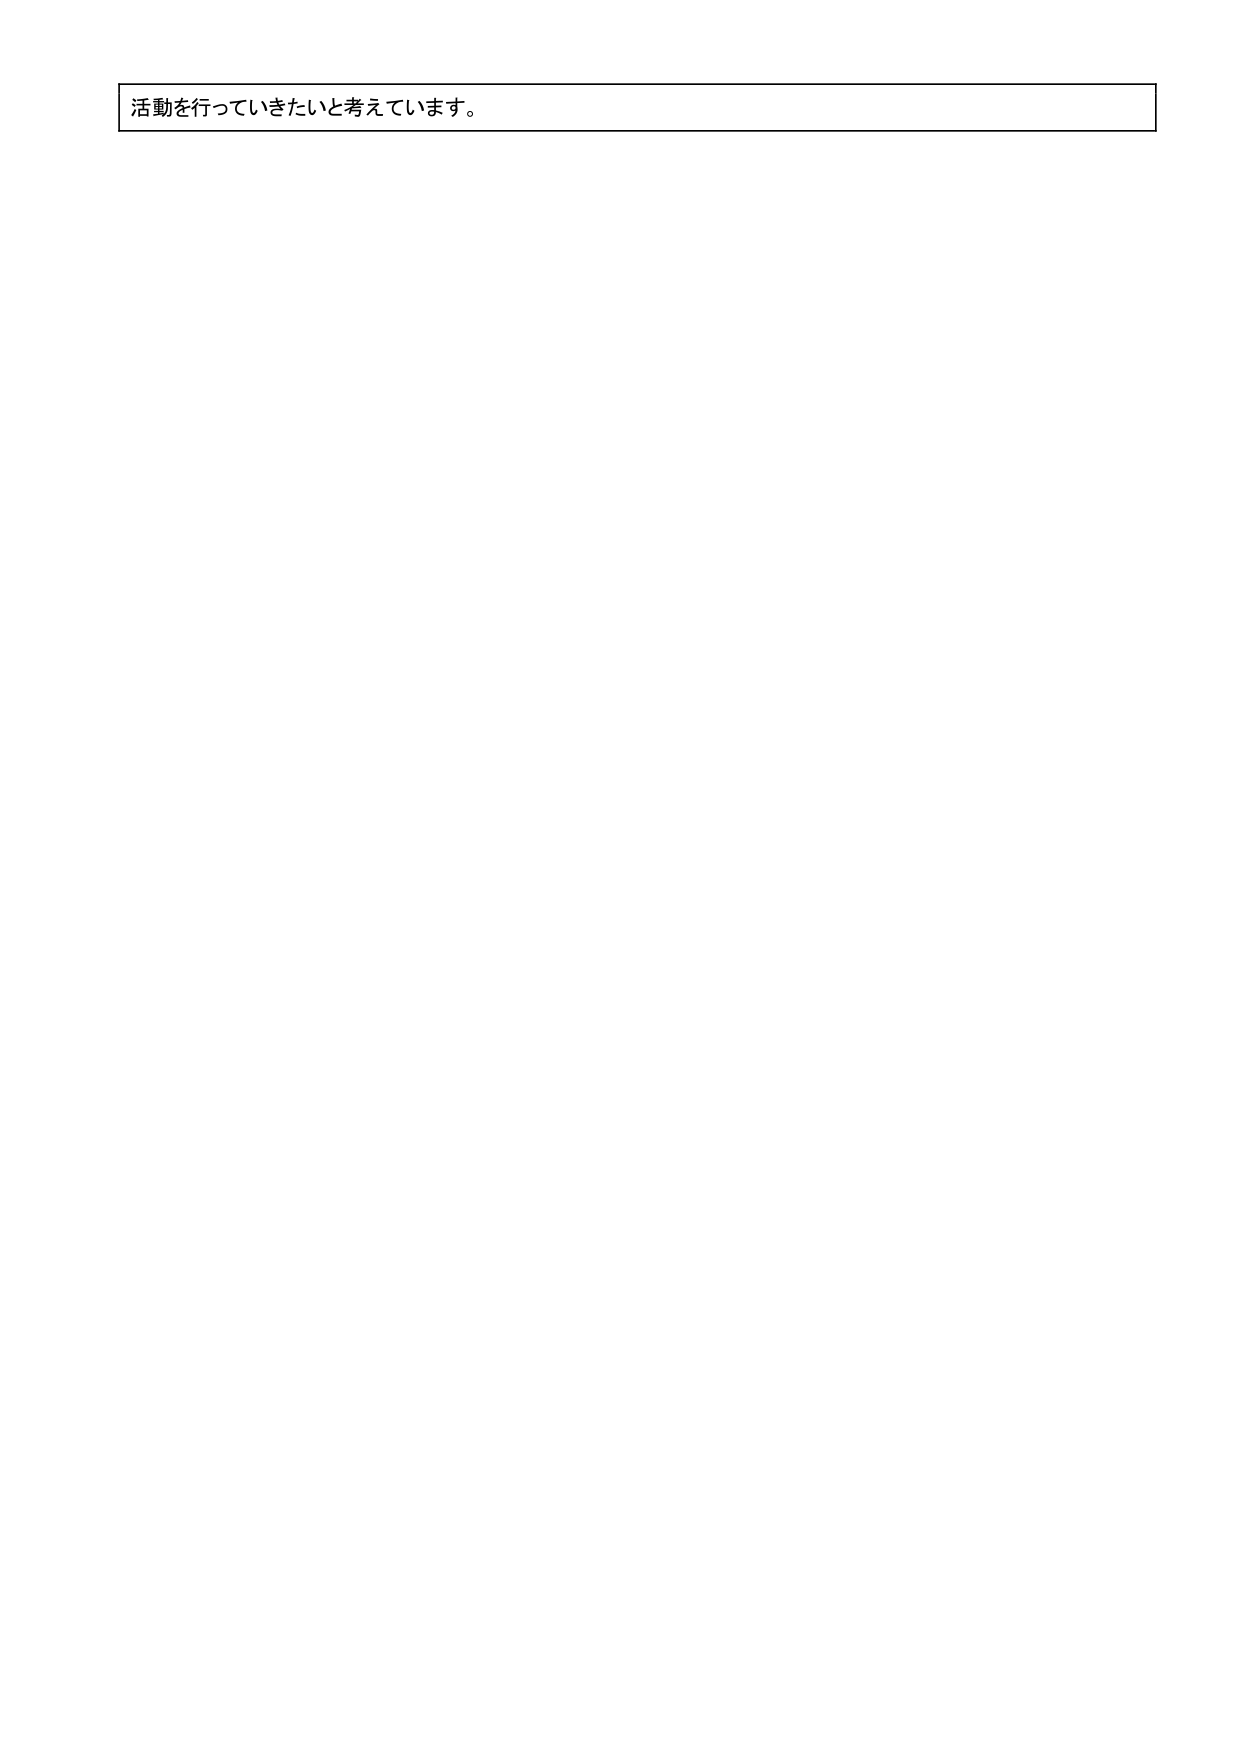
活動を行っていきたいと考えています。